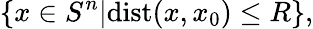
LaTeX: \left\{ x\in S^{n}|\mathrm{dist}(x,x_{0})\leq R\right\} ,